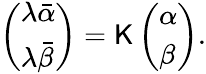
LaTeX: \left(\begin{array}{l}{{\lambda\bar{\alpha}}}\\ {{\lambda\bar{\beta}}}\end{array}\right)=\mathsf{K}\left(\begin{array}{l}{{\alpha}}\\ {{\beta}}\end{array}\right).